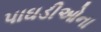
પાઘડીઓના